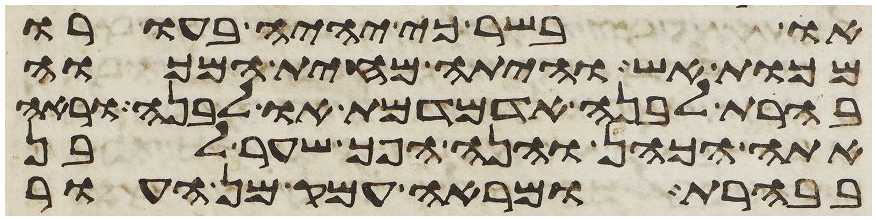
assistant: או בשר כי יהיה בעורו
מכות אש והיתה מחית המכוה
בהרת לבנה אדמדמת או לבנה וראה
אתה הכהן והנה הפך שער לבן
בבהרת ומראה עמק מן העור